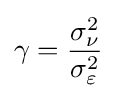
\gamma ={\frac {\sigma _{\nu }^{2}}{\sigma _{\varepsilon }^{2}}}